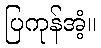
ပြကုန်အံ့။